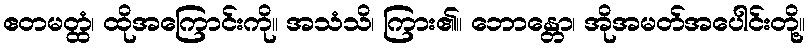
ဧတမတ္ထံ၊ ထိုအကြောင်းကို။ အသံသိ၊ ကြား၏။ ဘောန္တော၊ အိုအမတ်အပေါင်းတို့။